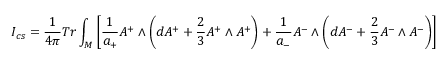
I _ { c s } = \frac { 1 } { 4 \pi } T r \int _ { M } \left[ \frac { 1 } { a _ { + } } A ^ { + } \wedge \left( d A ^ { + } + \frac { 2 } { 3 } A ^ { + } \wedge A ^ { + } \right) + \frac { 1 } { a _ { - } } A ^ { - } \wedge \left( d A ^ { - } + \frac { 2 } { 3 } A ^ { - } \wedge A ^ { - } \right) \right]